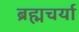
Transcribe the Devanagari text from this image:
ब्रह्मचर्या